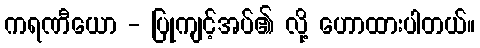
ကရဏီယော - ပြုကျင့်အပ်၏ လို့ ဟောထားပါတယ်။